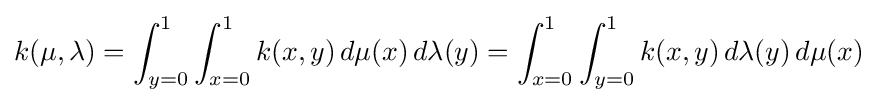
k(\mu ,\lambda )=\int _{y=0}^{1}\int _{x=0}^{1}k(x,y)\,d\mu (x)\,d\lambda (y)=\int _{x=0}^{1}\int _{y=0}^{1}k(x,y)\,d\lambda (y)\,d\mu (x)